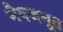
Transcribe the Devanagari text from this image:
भैषजभूत